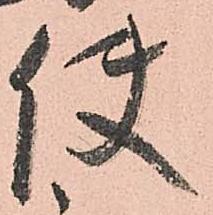
使